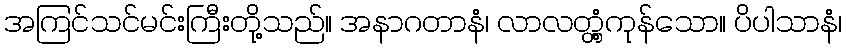
အကြင်သင်မင်းကြီးတို့သည်။ အနာဂတာနံ၊ လာလတ္တံ့ကုန်သော။ ပိပါသာနံ၊